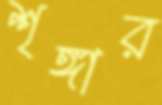
শৃঙ্গার